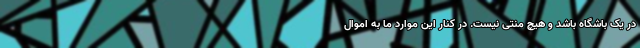
در یک باشگاه باشد و هیچ منتی نیست. در کنار این موارد ما به اموال